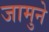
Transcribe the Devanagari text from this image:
जामुने